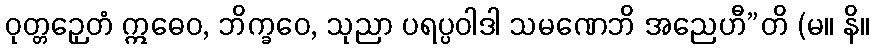
ဝုတ္တဉှေတံ ဣဓေဝ, ဘိက္ခဝေ, သုညာ ပရပ္ပဝါဒါ သမဏေဘိ အညေဟီ”တိ (မ။ နိ။